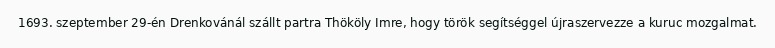
1693. szeptember 29-én Drenkovánál szállt partra Thököly Imre, hogy török segítséggel újraszervezze a kuruc mozgalmat.